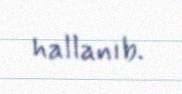
hallanıb.